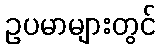
ဥပမာများတွင်